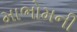
માભોમની